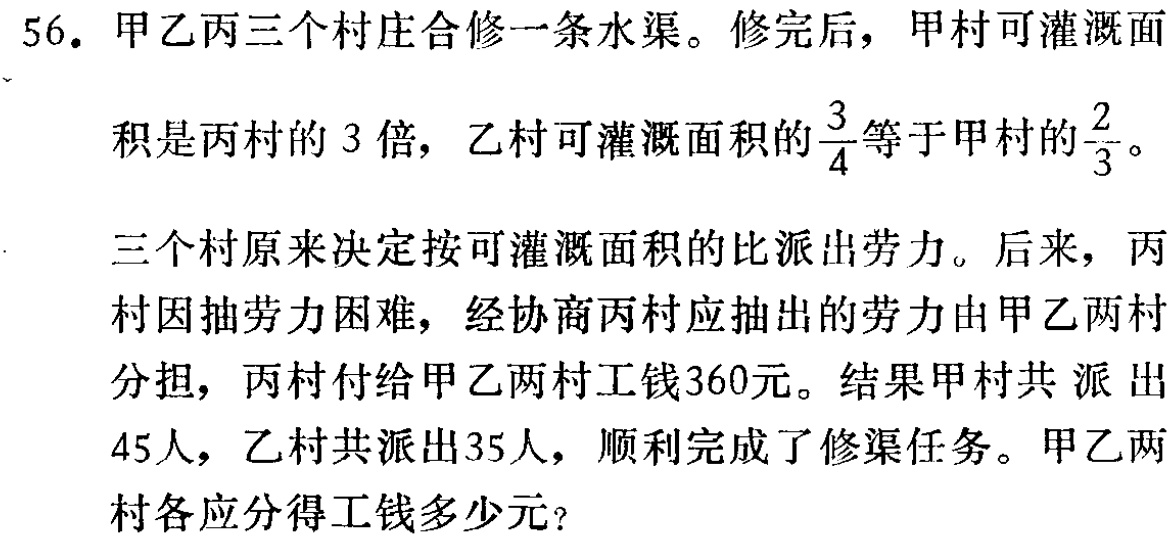
56. 甲乙丙三个村庄合修一条水渠。修完后，甲村可灌溉面
积是丙村的 3 倍，乙村可灌溉面积的$\frac{3}{4}$等于甲村的$\frac{2}{3}$。
三个村原来决定按可灌溉面积的比派出劳力。后来，丙
村因抽劳力困难，经协商丙村应抽出的劳力由甲乙两村
分担，丙村付给甲乙两村工钱360元。结果甲村共 派 出
45人，乙村共派出35人，顺利完成了修渠任务。甲乙两
村各应分得工钱多少元？